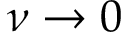
\nu \to 0